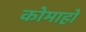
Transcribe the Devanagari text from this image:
कोमाहो